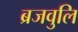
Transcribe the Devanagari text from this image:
ब्रजवुलि